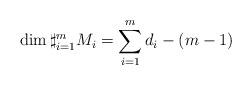
LaTeX: \begin{align*} \dim \sharp_{i=1}^m M_i=\sum_{i=1}^m d_i-(m-1)\end{align*}